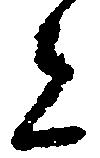
者